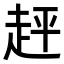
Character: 𧻈